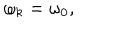
\omega _ { k } = \omega _ { 0 } ,